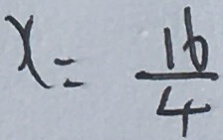
x = \frac { 1 6 } { 4 }